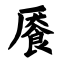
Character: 餍